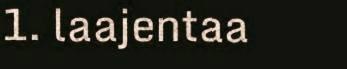
1. laajentaa